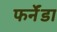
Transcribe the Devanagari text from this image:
फर्नेंडा